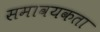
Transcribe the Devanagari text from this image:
समावयकता